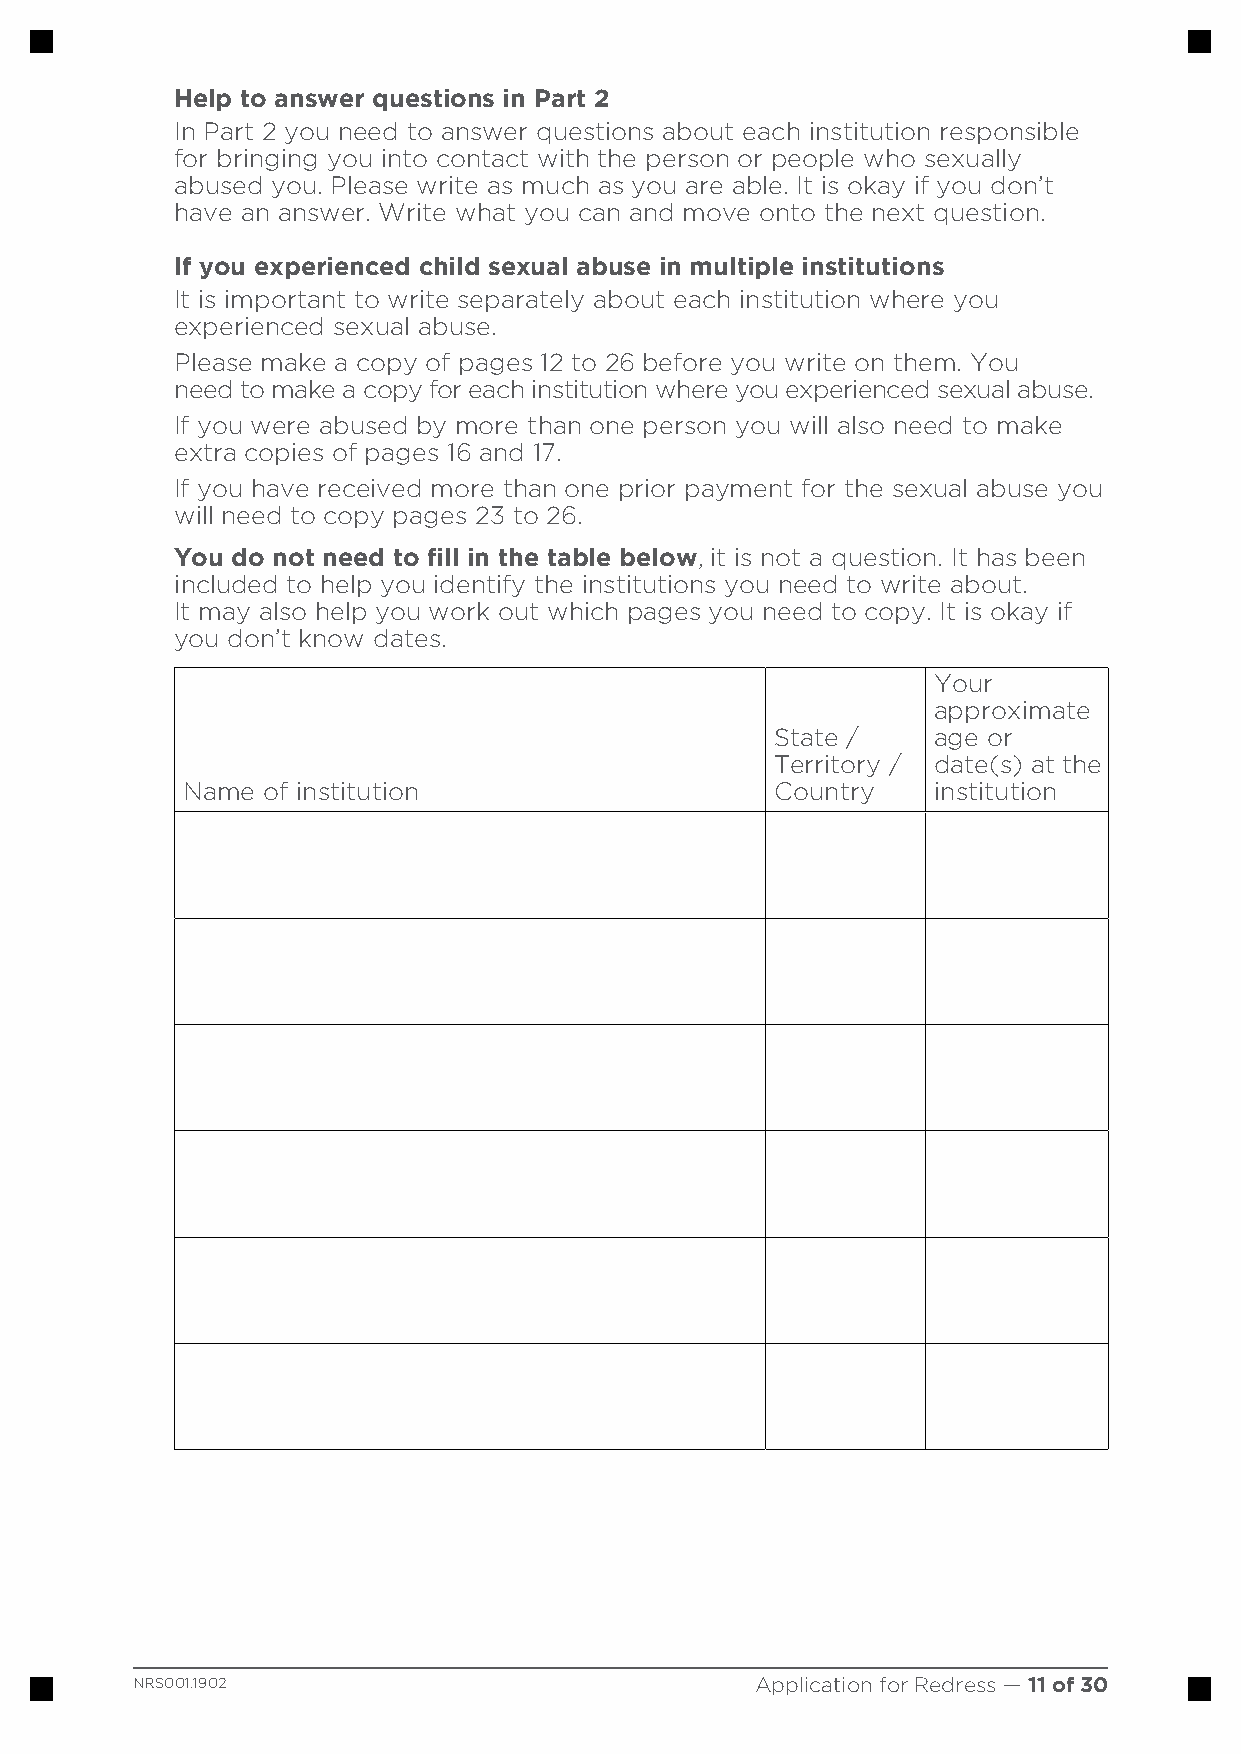
Help to answer questions in Part 2
 In Part 2 you need to answer questions about each institution responsible
 for bringing you into contact with the person or people who sexually
 abused you. Please write as much as you are able. It is okay if you don’t
 have an answer. Write what you can and move onto the next question.
 If you experienced child sexual abuse in multiple institutions
 It is important to write separately about each institution where you
 experienced sexual abuse.
 Please make a copy of pages 12 to 26 before you write on them. You
 need to make a copy for each institution where you experienced sexual abuse.
 If you were abused by more than one person you will also need to make
 extra copies of pages 16 and 17.
 If you have received more than one prior payment for the sexual abuse you
 will need to copy pages 23 to 26.
 You do not need to fill in the table below, it is not a question. It has been
 included to help you identify the institutions you need to write about.
 It may also help you work out which pages you need to copy. It is okay if
 you don’t know dates.
 Your
 approximate
 State /    age or
 Territory / date(s) at the
 Name of institution                    Country    institution
 NRS001.1902                              Application for Redress — 11 of 30